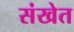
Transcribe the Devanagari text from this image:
संखेत